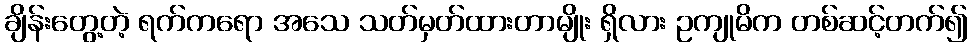
ချိန်းတွေ့တဲ့ ရက်ကရော အသေ သတ်မှတ်ထားတာမျိုး ရှိလား ဥကျုမိက တစ်ဆင့်တက်၍